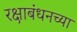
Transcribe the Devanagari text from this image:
रक्षाबंधनच्या